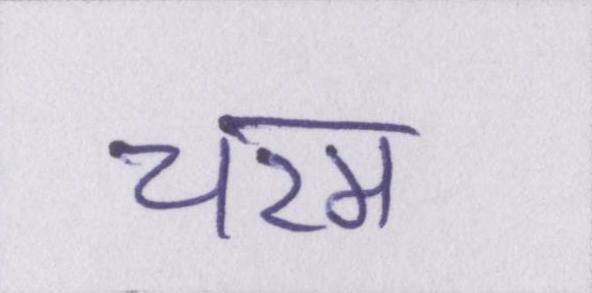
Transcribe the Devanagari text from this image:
चरम